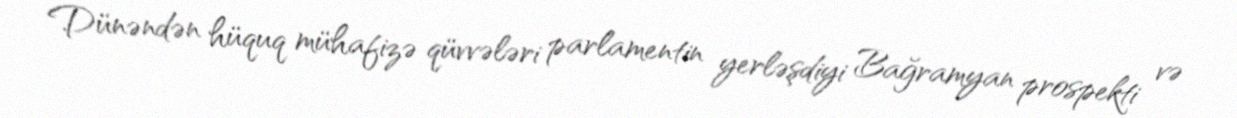
Dünəndən hüquq mühafizə qüvvələri parlamentin yerləşdiyi Bağramyan prospekti və